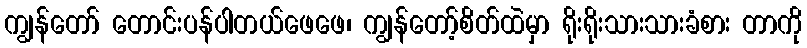
ကျွန်တော် တောင်းပန်ပါတယ်ဖေဖေ၊ ကျွန်တော့်စိတ်ထဲမှာ ရိုးရိုးသားသားခံစား တာကို